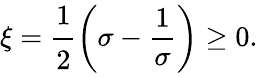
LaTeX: \xi=\cfrac{1}{2}\left(\sigma-\frac{1}{\sigma}\right)\ge 0.